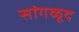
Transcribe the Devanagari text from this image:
सांगळूद